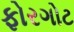
ફોરગોટ